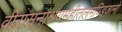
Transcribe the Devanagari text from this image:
वीरासनाश्रयमहीतलमण्डिजानो